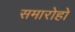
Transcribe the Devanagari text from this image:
समारोहो